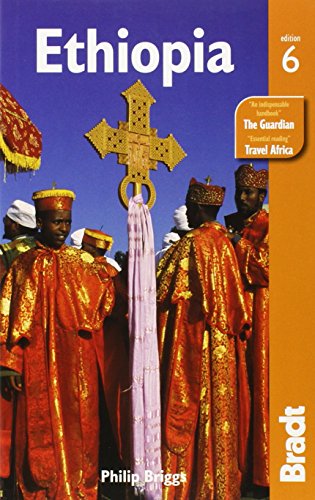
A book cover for Ethiopia, 6th (Bradt Travel Guide); Philip Briggs; Travel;